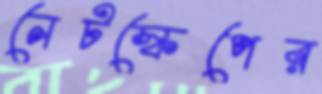
নেটস্কেপের